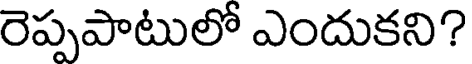
రెప్పపాటులో ఎందుకని?